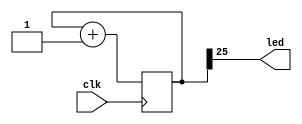
module heart_beat(
	clk,
	led
);

parameter DUR_BITS = 26;

input  clk;
output led;


///////////////////////////////


reg [(DUR_BITS-1):0] cnt;
always @ (posedge clk)
begin
	cnt <= cnt + 1;
end

assign led = cnt[DUR_BITS-1];



endmodule